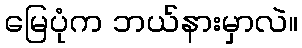
မြေပုံက ဘယ်နားမှာလဲ။